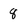
Character: 8